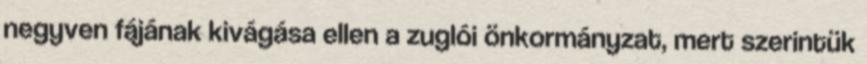
negyven fájának kivágása ellen a zuglói önkormányzat, mert szerintük